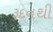
રૂદનથી